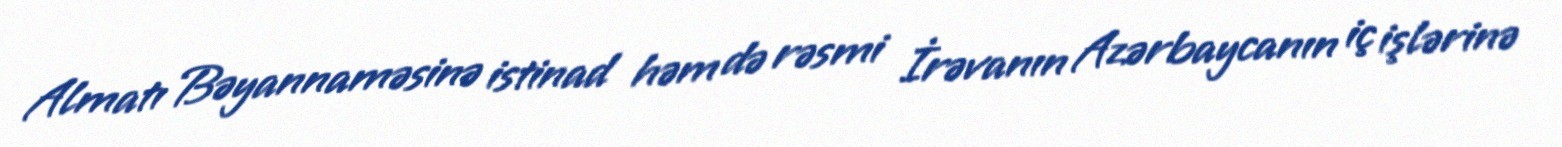
Almatı Bəyannaməsinə istinad həm də rəsmi İrəvanın Azərbaycanın iç işlərinə